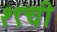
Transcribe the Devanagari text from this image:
१९ची